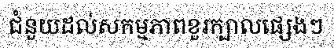
ជំនួយដល់សកម្មភាពខួរក្បាលផ្សេងៗ